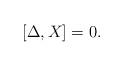
LaTeX: \begin{align*} [\Delta , X ] = 0. \end{align*}